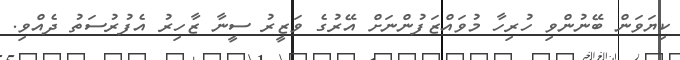
ކިޔަވަން ބޭނުންވި ހުރިހާ މުވައްޒަފުންނަށް އޭރުގެ ވަޒީރު ސީނާ ޒާހިރު އެފުރުސަތު ދެއްވި.